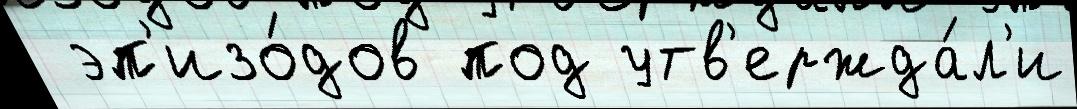
 эп'изо́дов под утв'ержда́л'и